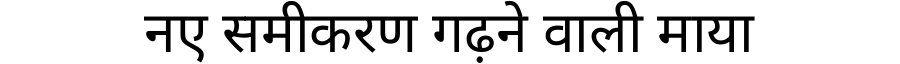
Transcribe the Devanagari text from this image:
नए समीकरण गढ़ने वाली माया